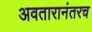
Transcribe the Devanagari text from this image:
अवतारानंतरच